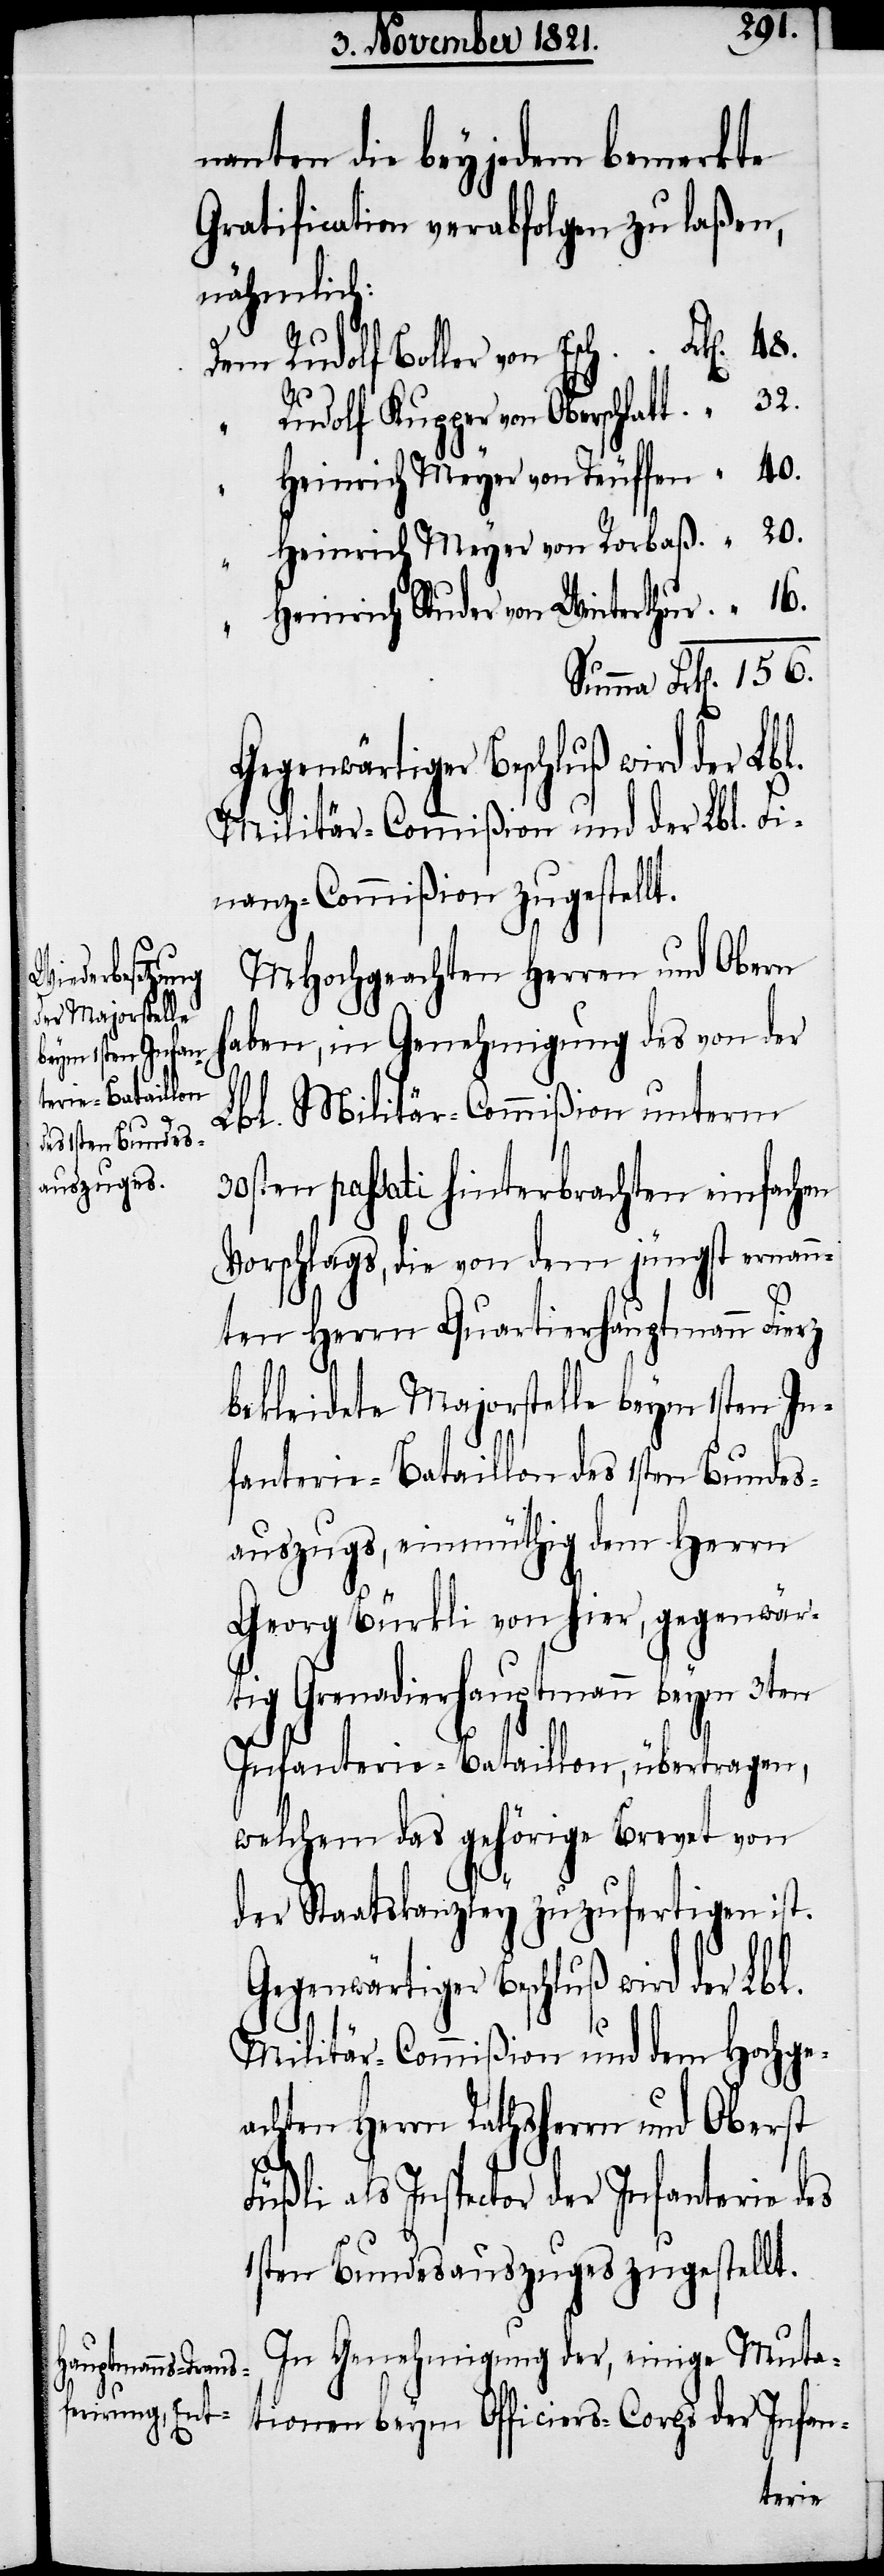
nannten die bey jedem bemerkte
Gratification verabfolgen zu laßen,
nähmlich:
Rudolf Kupper von Oberschlatt
Heinrich Meyer von Teuffen
40.
Heinrich Meyer von Rorbaß
20.
Heinrich Studer von Winterthur
Militär-Commißion und der Lbl. Fi¬
nanz-Commißion zugestellt.
32.
Gegenwärtiger Beschluß wird der Lbl.
156.
In Genehmigung der, einige Muta¬
tionen beym Officiers-Corps der Infan-